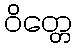
ဝိတ္တေ